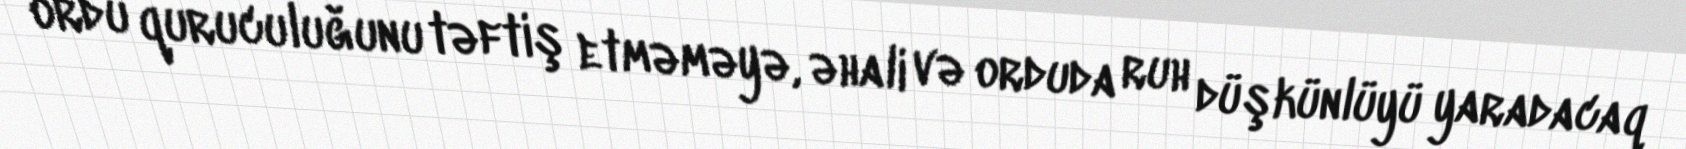
ordu quruculuğunu təftiş etməməyə, əhali və orduda ruh düşkünlüyü yaradacaq